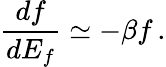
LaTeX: \frac{df}{dE_{f}}\simeq-\beta f\, .